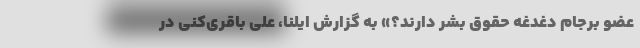
عضو برجام دغدغه حقوق بشر دارند؟» به گزارش ایلنا، علی باقری‌کنی در